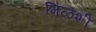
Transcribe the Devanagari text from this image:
मिळशी